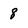
Character: 8